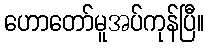
ဟောတော်မူအပ်ကုန်ပြီ။